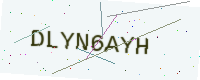
Text: DLYN6AYH